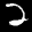
Label: 2